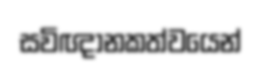
සවිඥානකත්වයෙන්